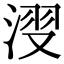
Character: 𣷺